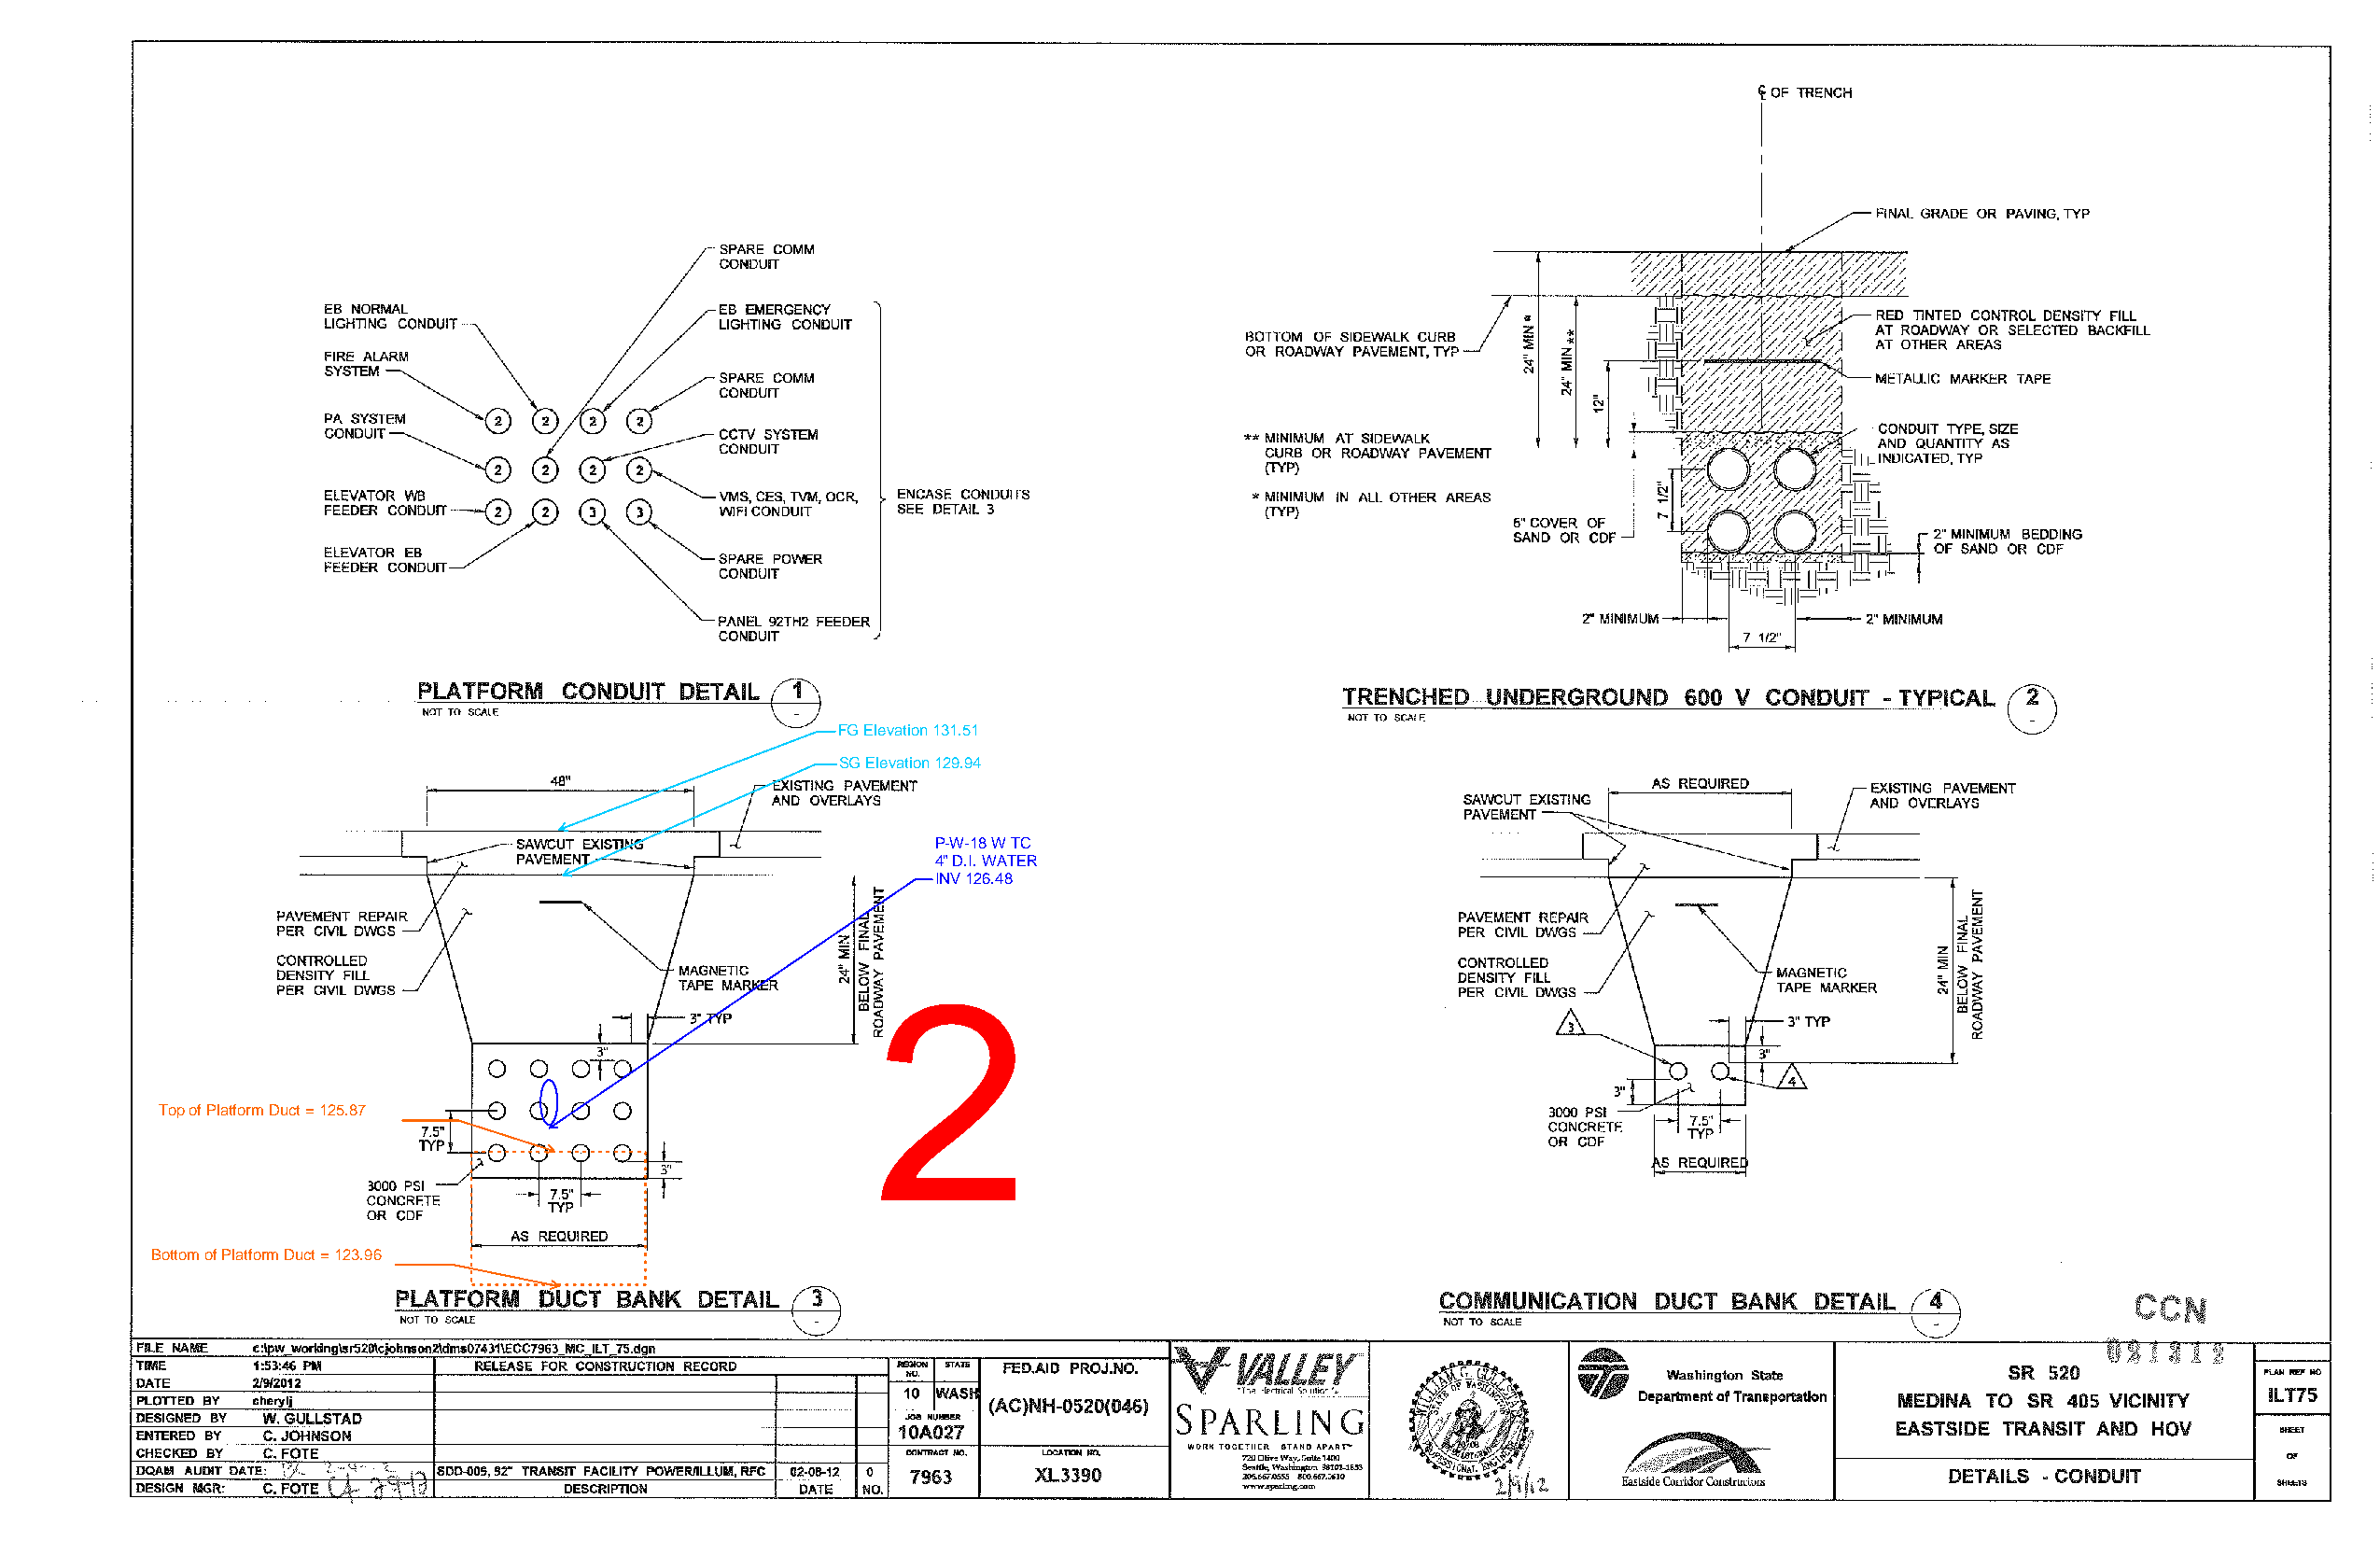
FG Elevation 131.51
 SG Elevation 129.94
 P-W-18 W TC
 4" D.I. WATER
 INV 126.48
 2
 Top of Platform Duct = 125.87
 Bottom of Platform Duct = 123.96